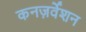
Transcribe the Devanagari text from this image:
कनज़र्वेशन